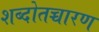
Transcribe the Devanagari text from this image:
शब्दोतच्चारण